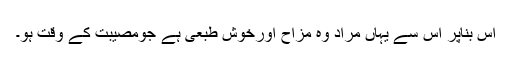
اس بناپر اس سے یہاں مراد وہ مزاح اورخوش طبعی ہے جومصیبت کے وقت ہو۔